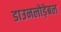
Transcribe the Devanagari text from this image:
डाउनलोड़ेबल